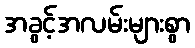
အခွင့်အလမ်းများစွာ